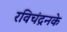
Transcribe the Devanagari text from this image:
रविचंद्रनके